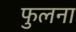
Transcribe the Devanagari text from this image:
फुलना